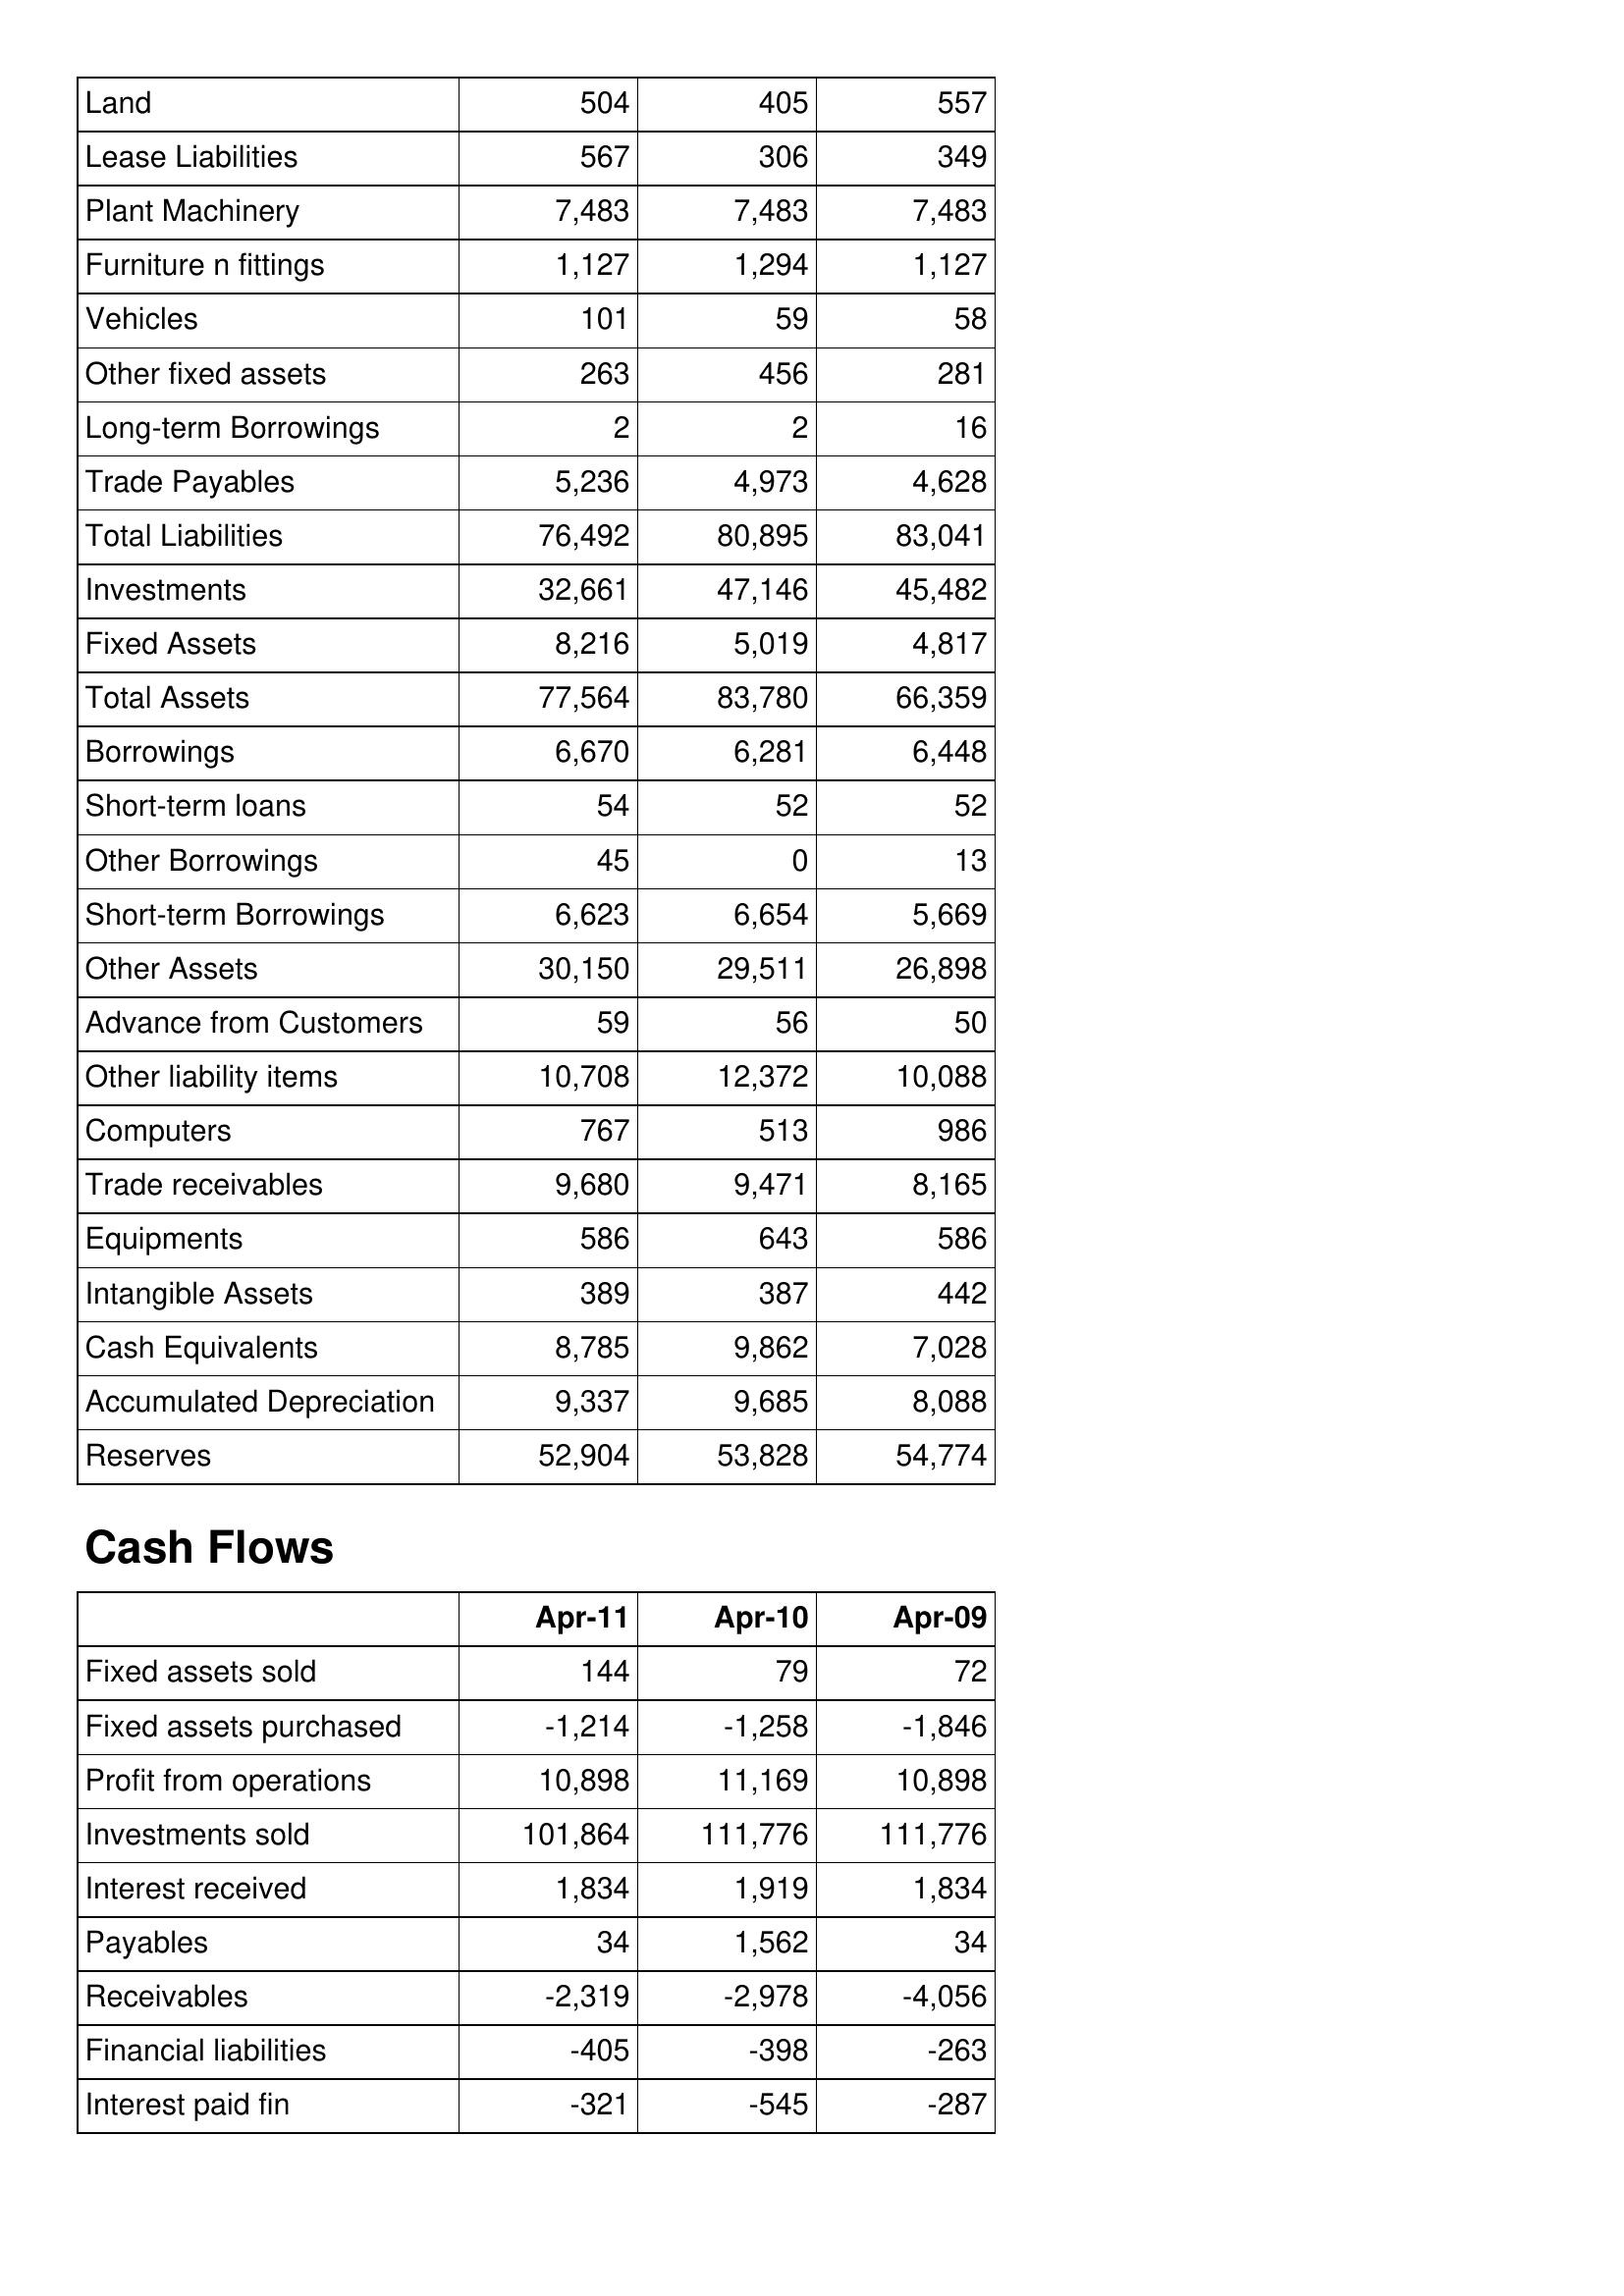
Apr-11: Balance Sheet: Land: 504
Lease Liabilities: 567
Plant Machinery: 7,483
Furniture n fittings: 1,127
Vehicles: 101
Other fixed assets: 263
Long-term Borrowings: 2
Trade Payables: 5,236
Total Liabilities: 76,492
Investments: 32,661
Fixed Assets: 8,216
Total Assets: 77,564
Borrowings: 6,670
Short-term loans: 54
Other Borrowings: 45
Short-term Borrowings: 6,623
Other Assets: 30,150
Advance from Customers: 59
Other liability items: 10,708
Computers: 767
Trade receivables: 9,680
Equipments: 586
Intangible Assets: 389
Cash Equivalents: 8,785
Accumulated Depreciation: 9,337
Reserves: 52,904
Cash Flows: Fixed assets sold: 144
Fixed assets purchased: -1,214
Profit from operations: 10,898
Investments sold: 101,864
Interest received: 1,834
Payables: 34
Receivables: -2,319
Financial liabilities: -405
Interest paid fin: -321
Apr-10: Balance Sheet: Land: 405
Lease Liabilities: 306
Plant Machinery: 7,483
Furniture n fittings: 1,294
Vehicles: 59
Other fixed assets: 456
Long-term Borrowings: 2
Trade Payables: 4,973
Total Liabilities: 80,895
Investments: 47,146
Fixed Assets: 5,019
Total Assets: 83,780
Borrowings: 6,281
Short-term loans: 52
Other Borrowings: 0
Short-term Borrowings: 6,654
Other Assets: 29,511
Advance from Customers: 56
Other liability items: 12,372
Computers: 513
Trade receivables: 9,471
Equipments: 643
Intangible Assets: 387
Cash Equivalents: 9,862
Accumulated Depreciation: 9,685
Reserves: 53,828
Cash Flows: Fixed assets sold: 79
Fixed assets purchased: -1,258
Profit from operations: 11,169
Investments sold: 111,776
Interest received: 1,919
Payables: 1,562
Receivables: -2,978
Financial liabilities: -398
Interest paid fin: -545
Apr-09: Balance Sheet: Land: 557
Lease Liabilities: 349
Plant Machinery: 7,483
Furniture n fittings: 1,127
Vehicles: 58
Other fixed assets: 281
Long-term Borrowings: 16
Trade Payables: 4,628
Total Liabilities: 83,041
Investments: 45,482
Fixed Assets: 4,817
Total Assets: 66,359
Borrowings: 6,448
Short-term loans: 52
Other Borrowings: 13
Short-term Borrowings: 5,669
Other Assets: 26,898
Advance from Customers: 50
Other liability items: 10,088
Computers: 986
Trade receivables: 8,165
Equipments: 586
Intangible Assets: 442
Cash Equivalents: 7,028
Accumulated Depreciation: 8,088
Reserves: 54,774
Cash Flows: Fixed assets sold: 72
Fixed assets purchased: -1,846
Profit from operations: 10,898
Investments sold: 111,776
Interest received: 1,834
Payables: 34
Receivables: -4,056
Financial liabilities: -263
Interest paid fin: -287